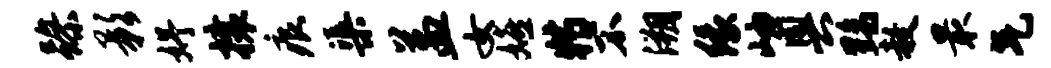
躁影妤攘痕渠益女嬉特不溯缘岫奥黝赦最气